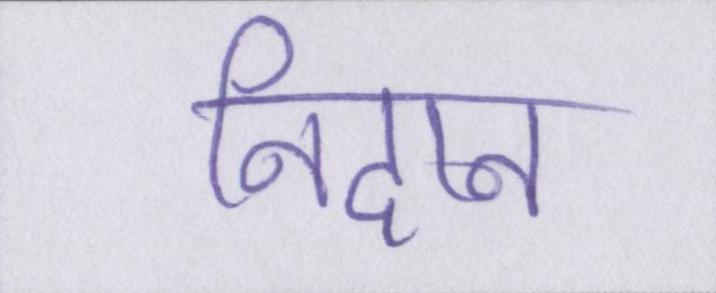
निदान